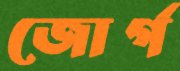
জোর্গ